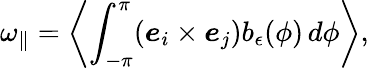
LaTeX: \omega_{\parallel}=\left\langle\int_{-\pi}^{\pi}(\boldsymbol{e}_{i}\times\boldsymbol{e}_{j})b_{\epsilon}(\phi)\, d\phi\right\rangle,